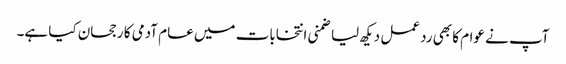
آپ نے عوام کا بھی رد عمل دیکھ لیا ضمنی انتخابات میں عام آدمی کا رجحان کیا ہے۔